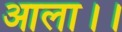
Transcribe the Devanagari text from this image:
आला।।